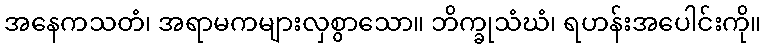
အနေကသတံ၊ အရာမကများလှစွာသော။ ဘိက္ခုသံဃံ၊ ရဟန်းအပေါင်းကို။